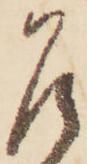
乍